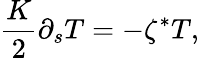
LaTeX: \frac{K}{2}\partial_{s}T=-\zeta^{*}T,